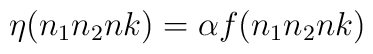
\eta(n_1n_2nk)=\alpha f(n_1n_2nk)